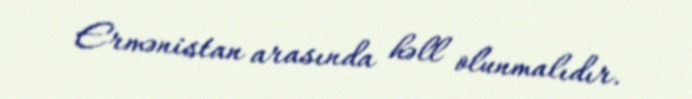
Ermənistan arasında həll olunmalıdır.